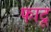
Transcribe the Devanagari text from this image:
फाटू